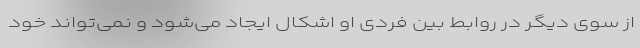
از سوی دیگر در روابط بین فردی او اشکال ایجاد می‌شود و نمی‌تواند خود